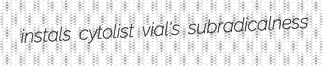
instals cytolist vial's subradicalness